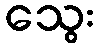
သွေး